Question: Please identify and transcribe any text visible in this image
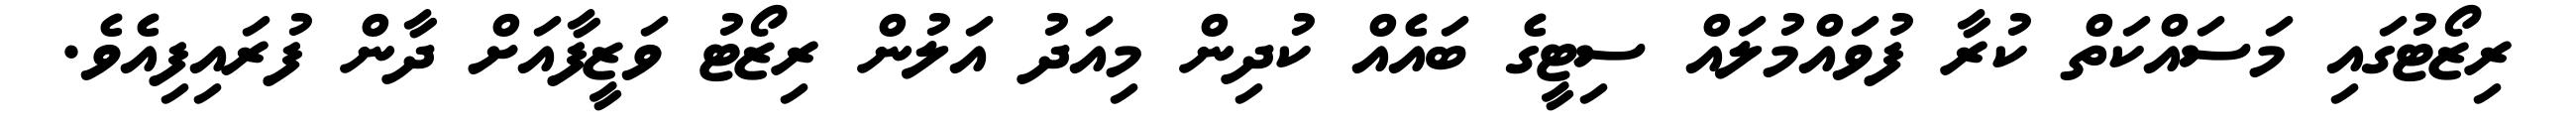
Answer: ރިޒޯޓުގައި މަސައްކަތް ކުރާ ފުވައްމުލައް ސިޓީގެ ބައެއް ކުދިން މިއަދު އަލުން ރިޒޯޓު ވަޒީފާއަށް ދާން ފުރައިފިއެވެ.